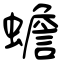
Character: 蟾